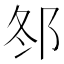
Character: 𨚟